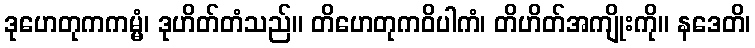
ဒုဟေတုကကမ္မံ၊ ဒုဟိတ်တံသည်။ တိဟေတုကဝိပါကံ၊ တိဟိတ်အကျိုးကို။ နဒေတိ၊